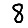
Digit: 8